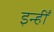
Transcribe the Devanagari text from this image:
इन्हीँ